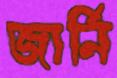
জার্নি